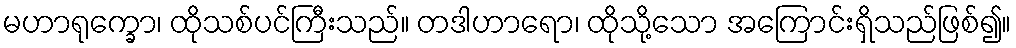
မဟာရုက္ခော၊ ထိုသစ်ပင်ကြီးသည်။ တဒါဟာရော၊ ထိုသို့သော အကြောင်းရှိသည်ဖြစ်၍။